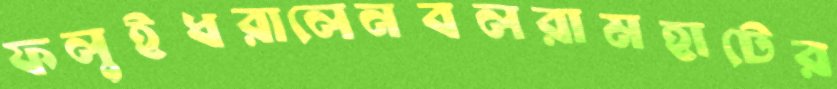
ফলুইধরালেনবলরামহাটের